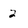
Character: 2